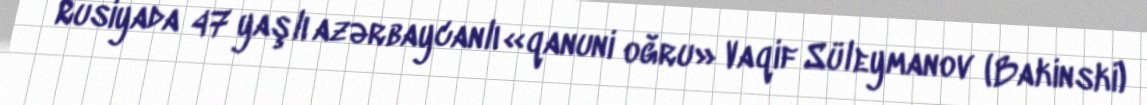
Rusiyada 47 yaşlı azərbaycanlı «qanuni oğru» Vaqif Süleymanov (Bakinski)